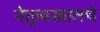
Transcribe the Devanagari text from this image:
नेतृत्वखालचे